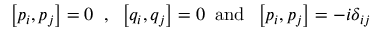
\left[ p _ { i } , p _ { j } \right] = 0 \; \; , \; \; \left[ q _ { i } , q _ { j } \right] = 0 \; \; \mathrm { a n d } \; \; \left[ p _ { i } , p _ { j } \right] = - i \delta _ { i j }